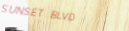
SUNSET BLVD